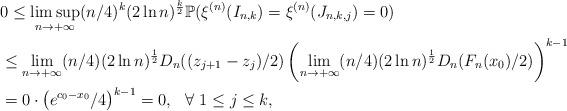
LaTeX: \begin{align*}&0\leq \limsup_{n\to+\infty}(n/4)^k(2\ln n)^{\frac{k}{2}}\mathbb{P}(\xi^{(n)}(I_{n,k})=\xi^{(n)}(J_{n,k,j})=0)\\&\leq \lim_{n\to+\infty}(n/4)(2\ln n)^{\frac{1}{2}}D_n((z_{j+1}-z_j)/2)\left(\lim_{n\to+\infty}(n/4)(2\ln n)^{\frac{1}{2}}D_n(F_n(x_0)/2)\right)^{k-1}\\&=0\cdot\left(e^{c_0-x_0}/4\right)^{k-1}=0,\,\,\,\, \forall\,\, 1\leq j\leq k,\end{align*}